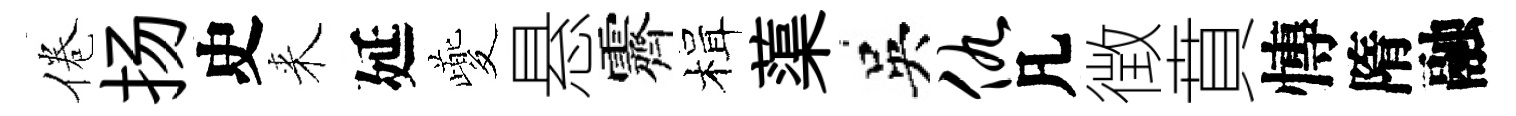
倦扬史来延夔悬霽楫蕖吳仇凡徴賁慱隋融